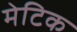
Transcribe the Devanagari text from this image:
मेटिक